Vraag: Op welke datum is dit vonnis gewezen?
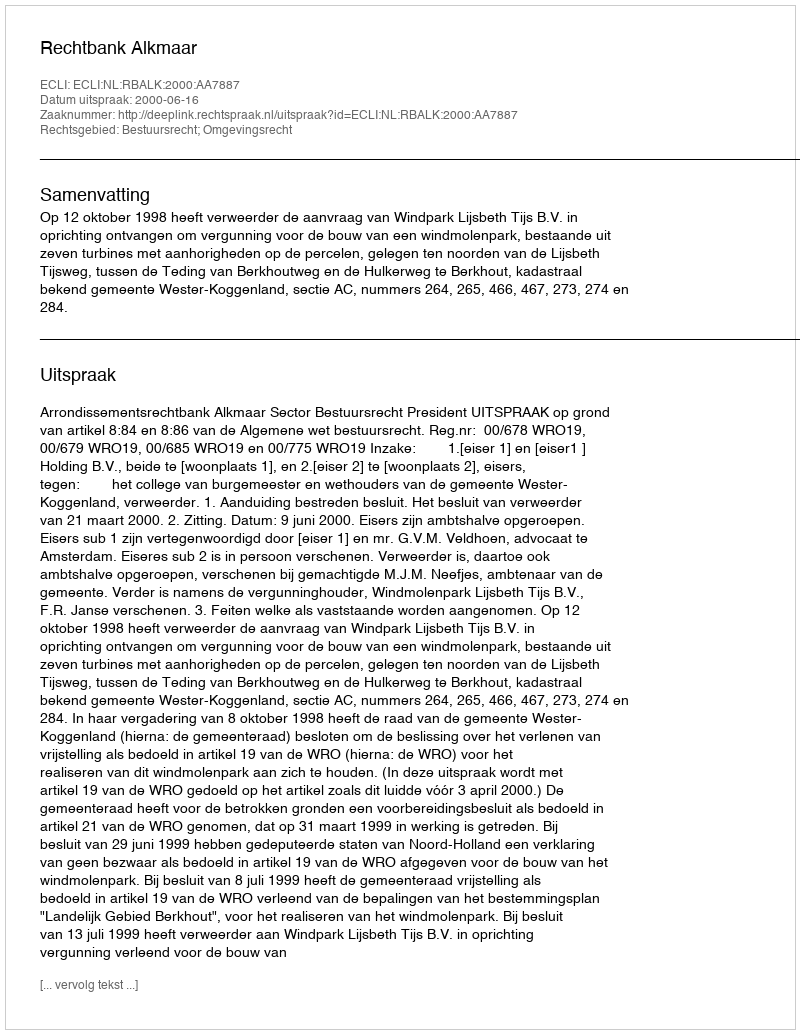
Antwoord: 2000-06-16